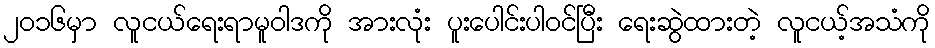
၂၀၁၆မှာ လူငယ်ရေးရာမူဝါဒကို အားလုံး ပူးပေါင်းပါဝင်ပြီး ရေးဆွဲထားတဲ့ လူငယ့်အသံကို